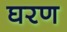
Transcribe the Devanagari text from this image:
घरण